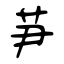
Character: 芛